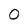
Character: 0